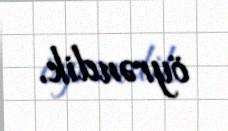
öyrəndik.